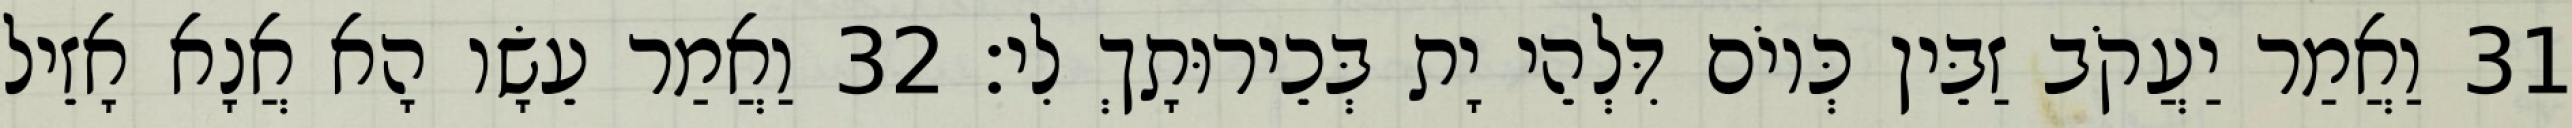
31 וַאֲמַר יַעֲקֹב זַבֵּין כְּיוֹם דִּלְהֵי יָת בְּכֵירוּתָךְ לִי׃ 32 וַאֲמַר עֵשָׂו הָא אֲנָא אָזֵיל